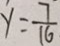
y = \frac { 7 } { 1 6 }